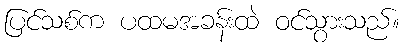
ပြင်သစ်က ပထမအခန်းထဲ ဝင်သွားသည်။